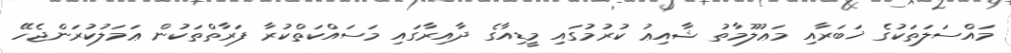
މައްސަލަތަކުގެ ޚަބަރާއި މަޢުލޫމާތު ޝާއިޢު ކުރުމުގައި މީޑިއާގެ ދާއިރާގައި މަސައްކަތްކުރާ ފަރާތްތަކުން ޢަމަލުކުރަންޖެހޭ